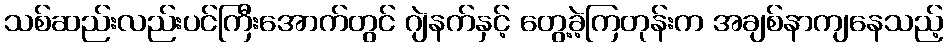
သစ်ဆည်းလည်းပင်ကြီးအောက်တွင် ဂျဲနက်နှင့် တွေ့ခဲ့ကြတုန်းက အချစ်နာကျနေသည့်